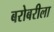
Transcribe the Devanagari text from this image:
बरोबरीला